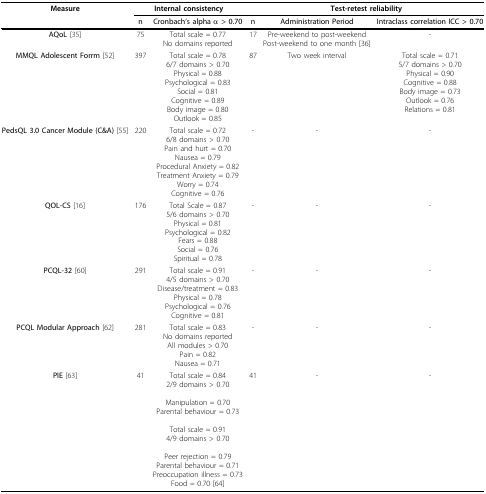
<table><thead><tr><td><b>Measure</b></td><td colspan="2"><b>Internal consistency</b></td><td colspan="3"><b>Test-retest reliability</b></td></tr><tr><td></td><td><b>n</b></td><td><b>Cronbach&#x27;s alpha α &gt; 0.70</b></td><td><b>n</b></td><td><b>Administration Period</b></td><td><b>Intraclass correlation ICC &gt; 0.70</b></td></tr></thead><tbody><tr><td><b>AQoL </b>[35]</td><td>75</td><td>Total scale = 0.77 No domains reported</td><td>17</td><td>Pre-weekend to post-weekendPost-weekend to one month [36]</td><td>-</td></tr><tr><td><b>MMQL Adolescent Forrm </b>[52]</td><td>397</td><td>Total scale = 0.786/7 domains &gt; 0.70Physical = 0.88Psychological = 0.83Social = 0.81Cognitive = 0.89Body image = 0.80Outlook = 0.85</td><td>87</td><td>Two week interval</td><td>Total scale = 0.715/7 domains &gt; 0.70Physical = 0.90Cognitive = 0.88Body image = 0.73Outlook = 0.76Relations = 0.81</td></tr><tr><td><b>PedsQL 3.0 Cancer Module (C&amp;A) </b>[55]</td><td>220</td><td>Total scale = 0.726/8 domains &gt; 0.70Pain and hurt = 0.70Nausea = 0.79Procedural Anxiety = 0.82Treatment Anxiety = 0.79Worry = 0.74Cognitive = 0.76</td><td>-</td><td>-</td><td>-</td></tr><tr><td><b>QOL-CS </b>[16]</td><td>176</td><td>Total Scale = 0.875/6 domains &gt; 0.70Physical = 0.81Psychological = 0.82Fears = 0.88Social = 0.76Spiritual = 0.78</td><td>-</td><td>-</td><td>-</td></tr><tr><td><b>PCQL-32 </b>[60]</td><td>291</td><td>Total scale = 0.914/5 domains &gt; 0.70Disease/treatment = 0.83Physical = 0.78Psychological = 0.76Cognitive = 0.81</td><td>-</td><td>-</td><td>-</td></tr><tr><td><b>PCQL Modular Approach </b>[62]</td><td>281</td><td>Total scale = 0.83No domains reportedAll modules &gt; 0.70Pain = 0.82Nausea = 0.71</td><td>-</td><td>-</td><td>-</td></tr><tr><td><b>PIE </b>[63]</td><td>41</td><td>Total scale = 0.84 2/9 domains &gt; 0.70Manipulation = 0.70 Parental behaviour = 0.73Total scale = 0.91 4/9 domains &gt; 0.70Peer rejection = 0.79 Parental behaviour = 0.71 Preoccupation illness = 0.73 Food = 0.70 [64]</td><td>41</td><td>-</td><td>-</td></tr></tbody></table>